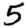
Digit: 5